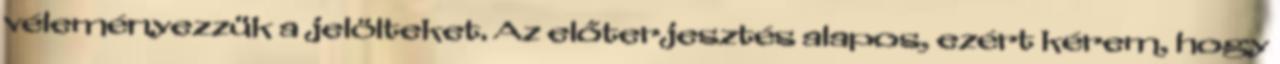
véleményezzük a jelölteket. Az előterjesztés alapos, ezért kérem, hogy